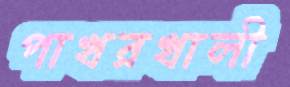
পাখরখালী